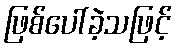
ဖြစ်ပေါ်ခဲ့သဖြင့်